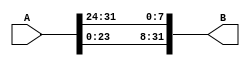
module RotWord(A,B);
input[31:0]A;
output[31:0]B;

assign B[31:8]=A[23:0];
assign B[7:0]=A[31:24];
endmodule


module Rcon#(parameter size=128)(i,rcon);
input[3:0] i;
output reg[31:0]rcon;

always @(i)
	if(size==128)
	begin
    case (i)
      4'b0001: rcon=32'h01000000; 
		4'b0010: rcon=32'h02000000; 
	   4'b0011: rcon=32'h04000000; 
		4'b0100: rcon=32'h08000000; 
		4'b0101: rcon=32'h10000000; 
		4'b0110: rcon=32'h20000000;
		4'b0111: rcon=32'h40000000;  
		4'b1000: rcon=32'h80000000; 
		4'b1001: rcon=32'h1b000000; 
	   4'b1010: rcon=32'h36000000; 
		
	 endcase 
	end
	else if(size==192)
	begin
    case (i)
      4'b0001: rcon=32'h01000000; 
		4'b0010: rcon=32'h02000000; 
	   4'b0011: rcon=32'h02000000; 
		4'b0100: rcon=32'h04000000; 
		4'b0101: rcon=32'h08000000; 
		4'b0110: rcon=32'h08000000;
		4'b0111: rcon=32'h10000000;  
		4'b1000: rcon=32'h20000000; 
		4'b1001: rcon=32'h20000000; 
	   4'b1010: rcon=32'h40000000; 
	   4'b1011: rcon=32'h80000000;  
		4'b1100: rcon=32'h80000000;
	 endcase 
	end
	else if(size==256)
	begin
	  case (i)
      4'b0001: rcon=32'h01000000; 
		4'b0010: rcon=32'h01000000; 
	   4'b0011: rcon=32'h02000000; 
		4'b0100: rcon=32'h02000000; 
		4'b0101: rcon=32'h04000000; 
		4'b0110: rcon=32'h04000000;
		4'b0111: rcon=32'h08000000;  
		4'b1000: rcon=32'h08000000; 
		4'b1001: rcon=32'h10000000; 
	   4'b1010: rcon=32'h10000000; 
		4'b1011: rcon=32'h20000000;  
		4'b1100: rcon=32'h20000000; 
		4'b1101: rcon=32'h40000000; 
	   4'b1110: rcon=32'h40000000; 
	 endcase 
	end
endmodule